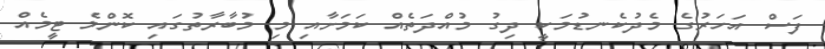
ފަސް އަހަރުގެ މެދުކެނޑުމަކީ ދިގު މުއްދަތެއް ކަމަށާއި މި މުބާރާތުގައި ކޮންމެ ޓީމެއް